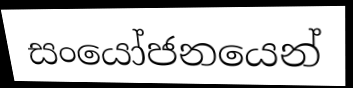
සංයෝජනයෙන්